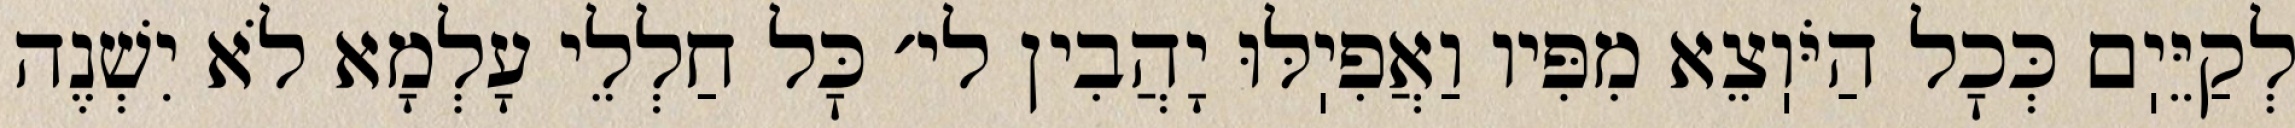
לְקַיֵּיֽם כְּכׇל הַיֹּוֽצֵא מִפִּיו וַאֲפִיֽלּוּ יָהֲבִין לי׳ כׇּל חַלְלֵי עָלְמָא לֹא יִשְׁנֶה